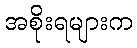
အစိုးရများက